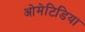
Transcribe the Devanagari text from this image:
ओमेटिडिया